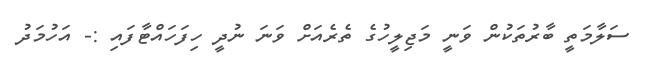
ސަލާމަތީ ބާރުތަކުން ވަނީ މަޖިލީހުގެ ތެރެއަށް ވަނަ ނުދީ ހިފަހައްޓާފައި :- އަހުމަދު